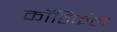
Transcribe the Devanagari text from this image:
कॉटिर्कल